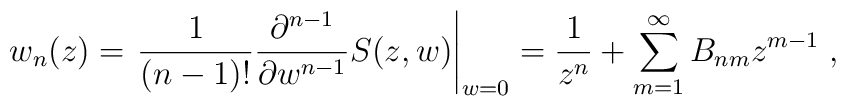
w_{n}(z)=\left.\frac{1}{(n-1)!}\frac{\partial^{n-1}}{\partial w^{n-1}}S(z,w)\right|_{w=0}=\frac{1}{z^{n}}+\sum_{m=1}^{\infty}B_{nm}z^{m-1}\;,